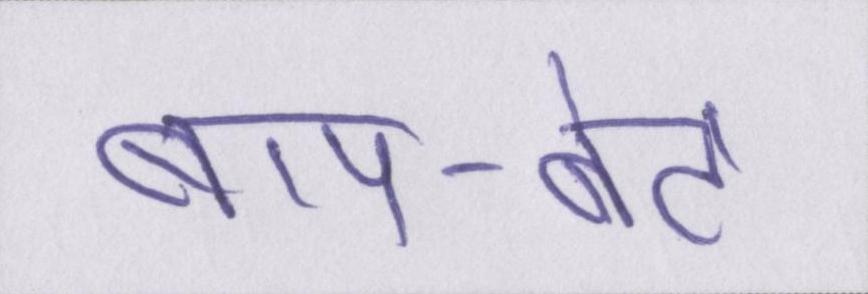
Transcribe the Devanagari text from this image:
बाप-बेटे